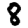
Digit: 8